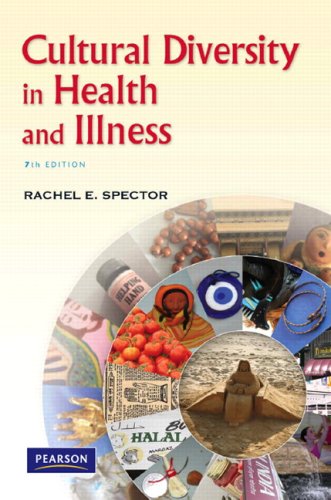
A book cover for Cultural Diversity in Health and Illness (7th Edition); Rachel E. Spector; Medical Books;